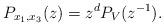
LaTeX: \begin{gather*}P_{x_1,x_3}(z)=z^dP_V(z^{-1}).\end{gather*}